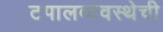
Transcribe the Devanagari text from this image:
टपालव्यवस्थेची